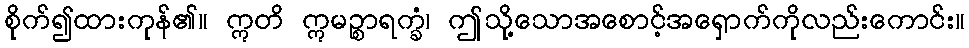
စိုက်၍ထားကုန်၏။ ဣတိ ဣမဉ္စာရက္ခံ၊ ဤသို့သောအစောင့်အရှောက်ကိုလည်းကောင်း။